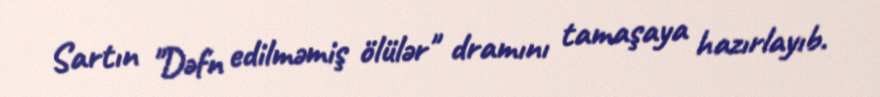
Sartın "Dəfn edilməmiş ölülər" dramını tamaşaya hazırlayıb.